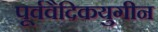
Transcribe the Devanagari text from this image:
पूर्ववैदिकयुगीन